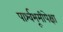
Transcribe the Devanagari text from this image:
पार्श्वभूमीपेक्षा